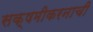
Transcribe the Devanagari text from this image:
सक्षमीकरनाची